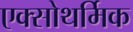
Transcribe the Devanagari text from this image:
एक्सोथर्मिक